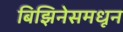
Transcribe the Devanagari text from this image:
बिझिनेसमधून